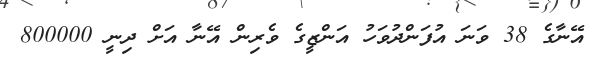
އޭނާގެ 38 ވަނަ އުފަންދުވަހު އަންޒީގެ ވެރިން އޭނާ އަށް ދިނީ 800000